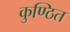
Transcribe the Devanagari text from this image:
कुण्ठित